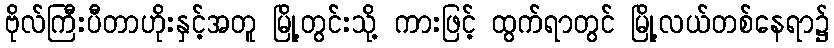
ဗိုလ်ကြီးပီတာဟိုးနှင့်အတူ မြို့တွင်းသို့ ကားဖြင့် ထွက်ရာတွင် မြို့လယ်တစ်နေရာ၌